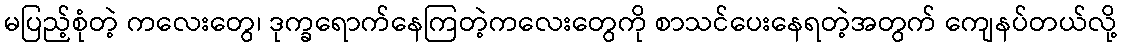
မပြည့်စုံတဲ့ ကလေးတွေ၊ ဒုက္ခရောက်နေကြတဲ့ကလေးတွေကို စာသင်ပေးနေရတဲ့အတွက် ကျေနပ်တယ်လို့